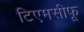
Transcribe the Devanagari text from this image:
टिएमसीफू